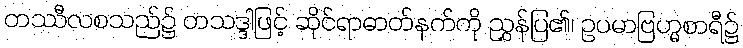
တဿီလစသည်၌ တသဒ္ဒါဖြင့် ဆိုင်ရာဓာတ်နက်ကို ညွှန်ပြ၏၊ ဥပမာဗြဟ္မစာရီ၌